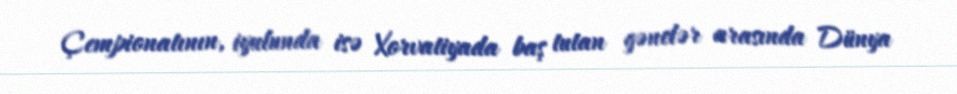
Çempionatının, iyulunda isə Xorvatiyada baş tutan gənclər arasında Dünya